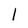
Character: 1